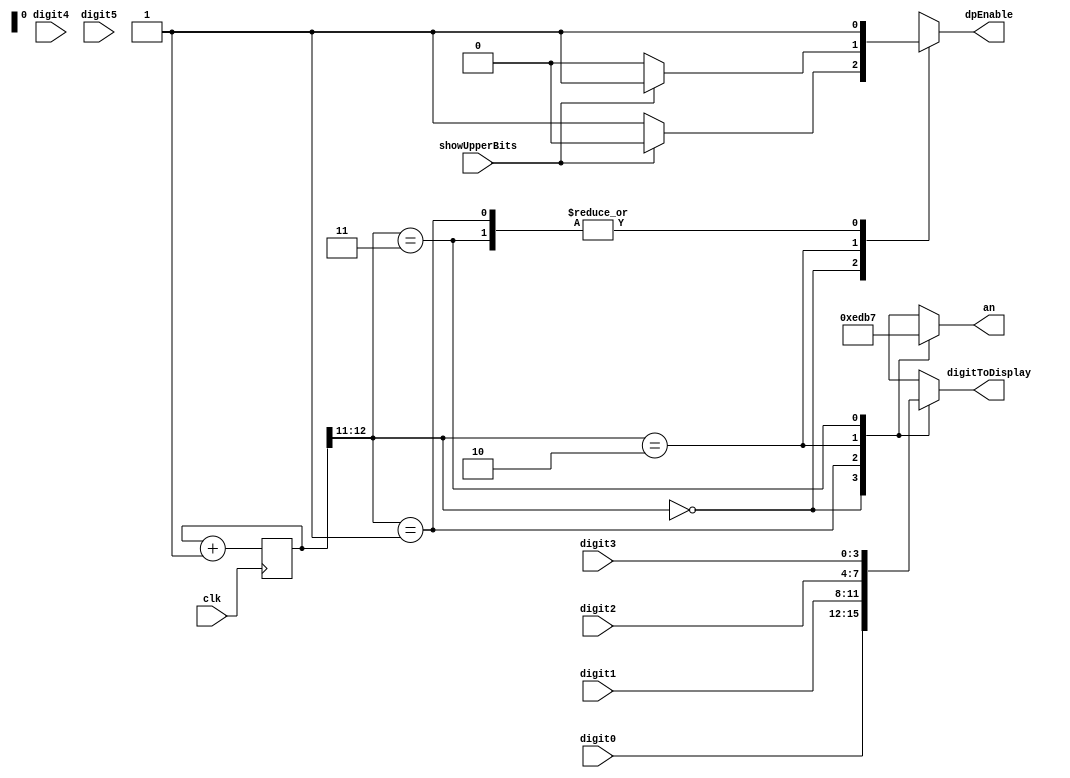
module DisplayRotator(
    input            clk,
    input            showUpperBits, // toggles whether to show MM:SS or SS:hh
    input      [3:0] digit0,
    input      [3:0] digit1,
    input      [3:0] digit2,
    input      [3:0] digit3,
    input      [3:0] digit4,
    input      [3:0] digit5,
    output reg [3:0] an,
    output reg       dpEnable,
    output reg [3:0] digitToDisplay
);

reg [12:0] counter = 13'b0;


// YOU SHOULD NOT NEED TO EDIT THIS ALWAYS BLOCK

always @(posedge clk) begin
  counter <= counter + 1;
end


// YOU SHOULD EDIT ONLY THE digitToDisplay LINES BELOW

always @(*) begin
  case(counter[12:11])
    2'b00: begin
      an <= 4'b1110;
      digitToDisplay <= digit0;
      dpEnable <= (showUpperBits ? 1'b0 : 1'b1);
    end
    2'b01: begin
      an <= 4'b1101;
      digitToDisplay <= digit1;
      dpEnable <= 1'b1;
    end
    2'b10: begin
      an <= 4'b1011;
      digitToDisplay <= digit2;
      dpEnable <= (showUpperBits ? 1'b1 : 1'b0);
    end
    2'b11: begin
      an <= 4'b0111;
      digitToDisplay <= digit3;
      dpEnable <= 1'b1;
    end
  endcase
end

endmodule